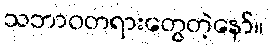
သဘာဝတရားတွေတဲ့နော်။